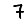
Digit: 7